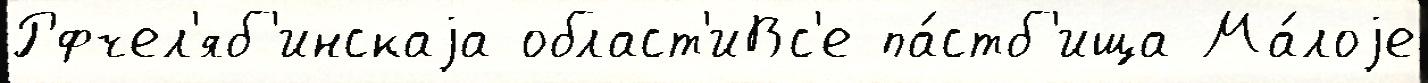
Рфчел'яб'инскаjа област'иВс'е па́стб'ища Ма́лоjе